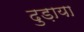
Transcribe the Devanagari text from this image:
दुड़ाया